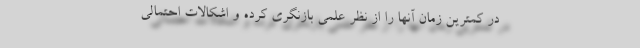
در کمترین زمان آنها را از نظر علمی بازنگری کرده و اشکالات احتمالی